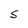
Character: S